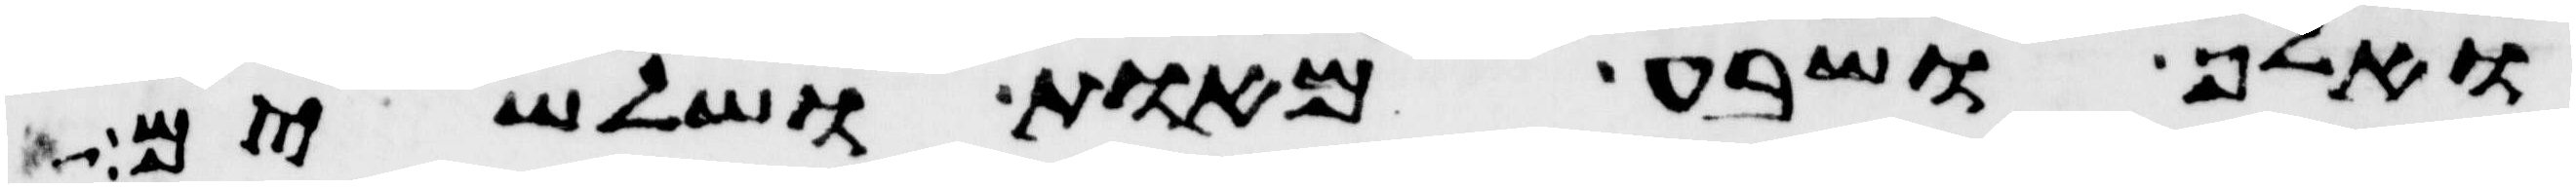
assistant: ואלף ושבע מאות ושלשים